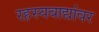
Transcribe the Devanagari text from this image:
रहस्यवाद्यांवर